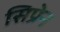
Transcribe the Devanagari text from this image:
सिप्रेन